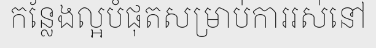
កន្លែងល្អបំផុតសម្រាប់ការរស់នៅ